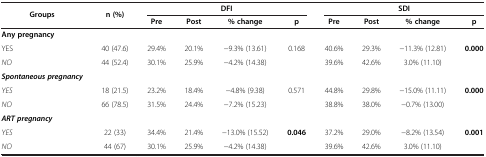
| <ROWSPAN=2> Groups | <ROWSPAN=2> n (%) | <COLSPAN=4> DFI | <COLSPAN=4> SDI |
 | Pre | Post | % change | p | Pre | Post | % change | p |
 | --- | --- | --- | --- | --- | --- | --- | --- | --- | --- |
 | Any pregnancy |  |  |  |  |  |  |  |  |  |
 | YES | 40 (47.6) | 29.4% | 20.1% | −9.3% (13.61) | 0.168 | 40.6% | 29.3% | −11.3% (12.81) | 0.000 |
 | NO | 44 (52.4) | 30.1% | 25.9% | −4.2% (14.38) |  | 39.6% | 42.6% | 3.0% (11.10) |  |
 | Spontaneous pregnancy |  |  |  |  |  |  |  |  |  |
 | YES | 18 (21.5) | 23.2% | 18.4% | −4.8% (9.38) | 0.571 | 44.8% | 29.8% | −15.0% (11.11) | 0.000 |
 | NO | 66 (78.5) | 31.5% | 24.4% | −7.2% (15.23) |  | 38.8% | 38.0% | −0.7% (13.00) |  |
 | ART pregnancy |  |  |  |  |  |  |  |  |  |
 | YES | 22 (33) | 34.4% | 21.4% | −13.0% (15.52) | 0.046 | 37.2% | 29.0% | −8.2% (13.54) | 0.001 |
 | NO | 44 (67) | 30.1% | 25.9% | −4.2% (14.38) |  | 39.6% | 42.6% | 3.0% (11.10) |  |